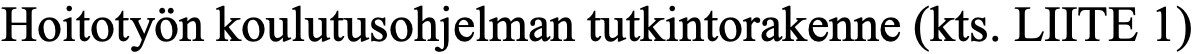
Hoitotyön koulutusohjelman tutkintorakenne (kts. LIITE 1)